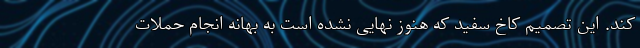
کند. این تصمیم کاخ سفید که هنوز نهایی نشده است به بهانه انجام حملات